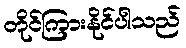
တိုင်ကြားနိုင်ပါသည်